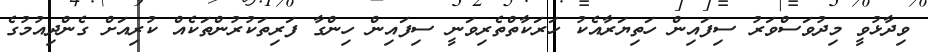
ވިދާޅުވީ މިދުވަސްވަރު ސިފައިން ހަތިޔަރާއެކު ހަރަކާތްތެރިވަނީ ސިފައިން ހިންގާ ފަރިތަކުރުންތަކެއް ކުރިއަށް ގެންދިއުމުގެ